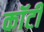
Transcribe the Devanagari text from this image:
कॉटी